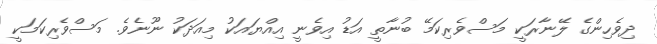
ދިވެހިންގެ ލޭނާރަކީ މަސްވެރިކަމޭ ބުނާތީ އަޑު އިވެނީ އިއްޔައަކު މިއަދަކު ނޫނެވެ. މަސްވެރިކަމަކީ